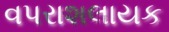
વપરાશલાયક